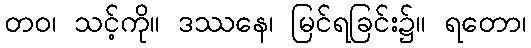
တဝ၊ သင့်ကို။ ဒဿနေ၊ မြင်ရခြင်း၌။ ရတော၊